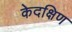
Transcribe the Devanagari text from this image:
केदक्षिण